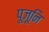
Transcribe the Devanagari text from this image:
पूजूनि